Annual report on the working of the lock hospitals in the Central Provinces
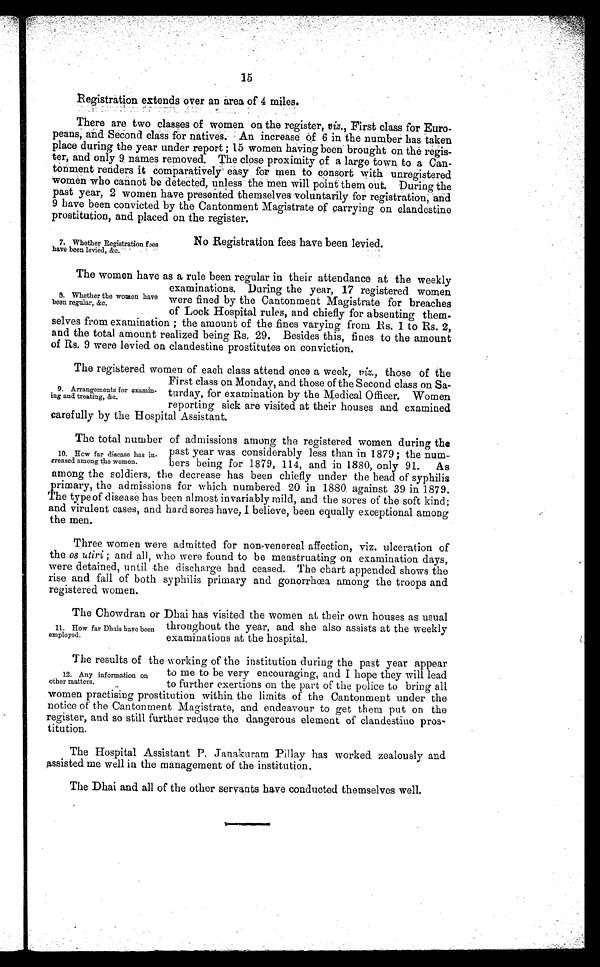
15
Registration extends over an area of 4 miles.
There are two classes of women on the register, viz., First class for Euro-
peans, and Second class for natives. An increase Óf 6 in the number has taken
place during the year under report; 15 women having been brought on the regis-
ter, and only 9, names removed. The close proximity of a large town to a Can-
tonment renders it comparatively easy for men to consort with unregistered
women who cannot be detected, unless the men will point them out. During the
past year, 2 women have presented themselves voluntarily for registration, and
9 have been convicted by the Cantonment Magistrate of carrying on clandestine
prostitution, and placed on the register.
7. Whether Registration fees
have been levied, &c.
No Registration fees have been levied.
The women have as a rule been regular in their attendance at the weekly
examinations. During the year, 17 registered women
were fined by the Cantonment Magistrate for breaches
of Lock Hospital rules, and chiefly for absenting them-
selves from examination; the amount of the fines varying from Rs. 1 to Rs. 2,
and the total amount realized being Rs. 29. Besides this, fines to the amount
of Rs. 9 were levied on clandestine prostitutes on conviction.
The registered women of each class attend once a week, viz., those of the
First class on Monday, and those of the Second class on Sa-
turday, for examination by the Medical Officer. Women
reporting sick are visited at their houses and examined
carefully by the Hospital Assistant.
The total number of admissions among the registered women during the
past year was considerably less than in 1879 ; the num-
bers being for 1879, 114, and in 1880, only 91. As
among the soldiers, the decrease has been chiefly under the head of syphilis
primary, the admissions for which numbered 20 in 1880. against 39 in 1879.
The type of disease has been almost invariably mild, and the sores of the soft kind;
and virulent cases, and hard sores have, I believe, been equally exceptional among
the men.
Three women were admitted for non-venereal affection, viz. ulceration of
the os utiri ; and all, who were found to be menstruating on examination days,
were detained, until the discharge had ceased. The chart appended shows the
rise and fall of both syphilis primary and gonorrhoea among the troops and
registered women.
The Chowdran or Dhai has visited the women at their own houses as usual
throughout the year, and she also assists at the weekly
examinations at the hospital.
The results of the working of the institution during the past year appear
to me to be very encouraging, and I hope they will lead
to further exertions on the part of the police to bring all
women practising prostitution within the limits of the Cantonment under the
notice of the Cantonment Magistrate, and endeavour to get them put on the
register, and so still further reduce the dangerous element of clandestine pros-
titution.
The Hospital Assistant P. Janakuram Pillay has worked zealously and
assisted me well in the management of the institution.
The Dhai and all of the other servants have conducted themselves well.
8. Whether the women have
been regular, &c.
9. Arrangements for examin-
ing and treating, &c.
10. How far disease has in-
creased among the women.
11. How far Dhais haye been
employed.
12. Any information on
other matters.